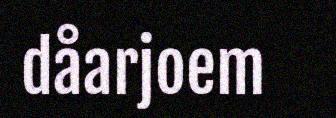
dåarjoem